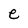
Character: e